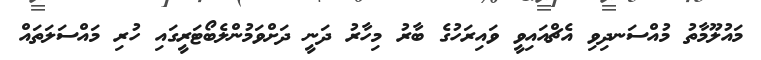
މައުލޫމާތު މުއްސަނދިވި އެޗްއައިވީ ވައިރަހުގެ ބާރު މިހާރު ދަނީ ދަށްވަމުންލެބޯޓަރީގައި ހުރި މައްސަލަތައް